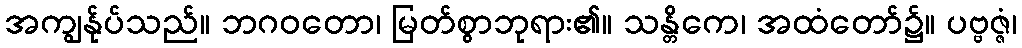
အကျွန်ုပ်သည်။ ဘဂဝတော၊ မြတ်စွာဘုရား၏။ သန္တိကေ၊ အထံတော်၌။ ပဗ္ဗဇ္ဇံ၊